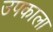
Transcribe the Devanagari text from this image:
उपकाला